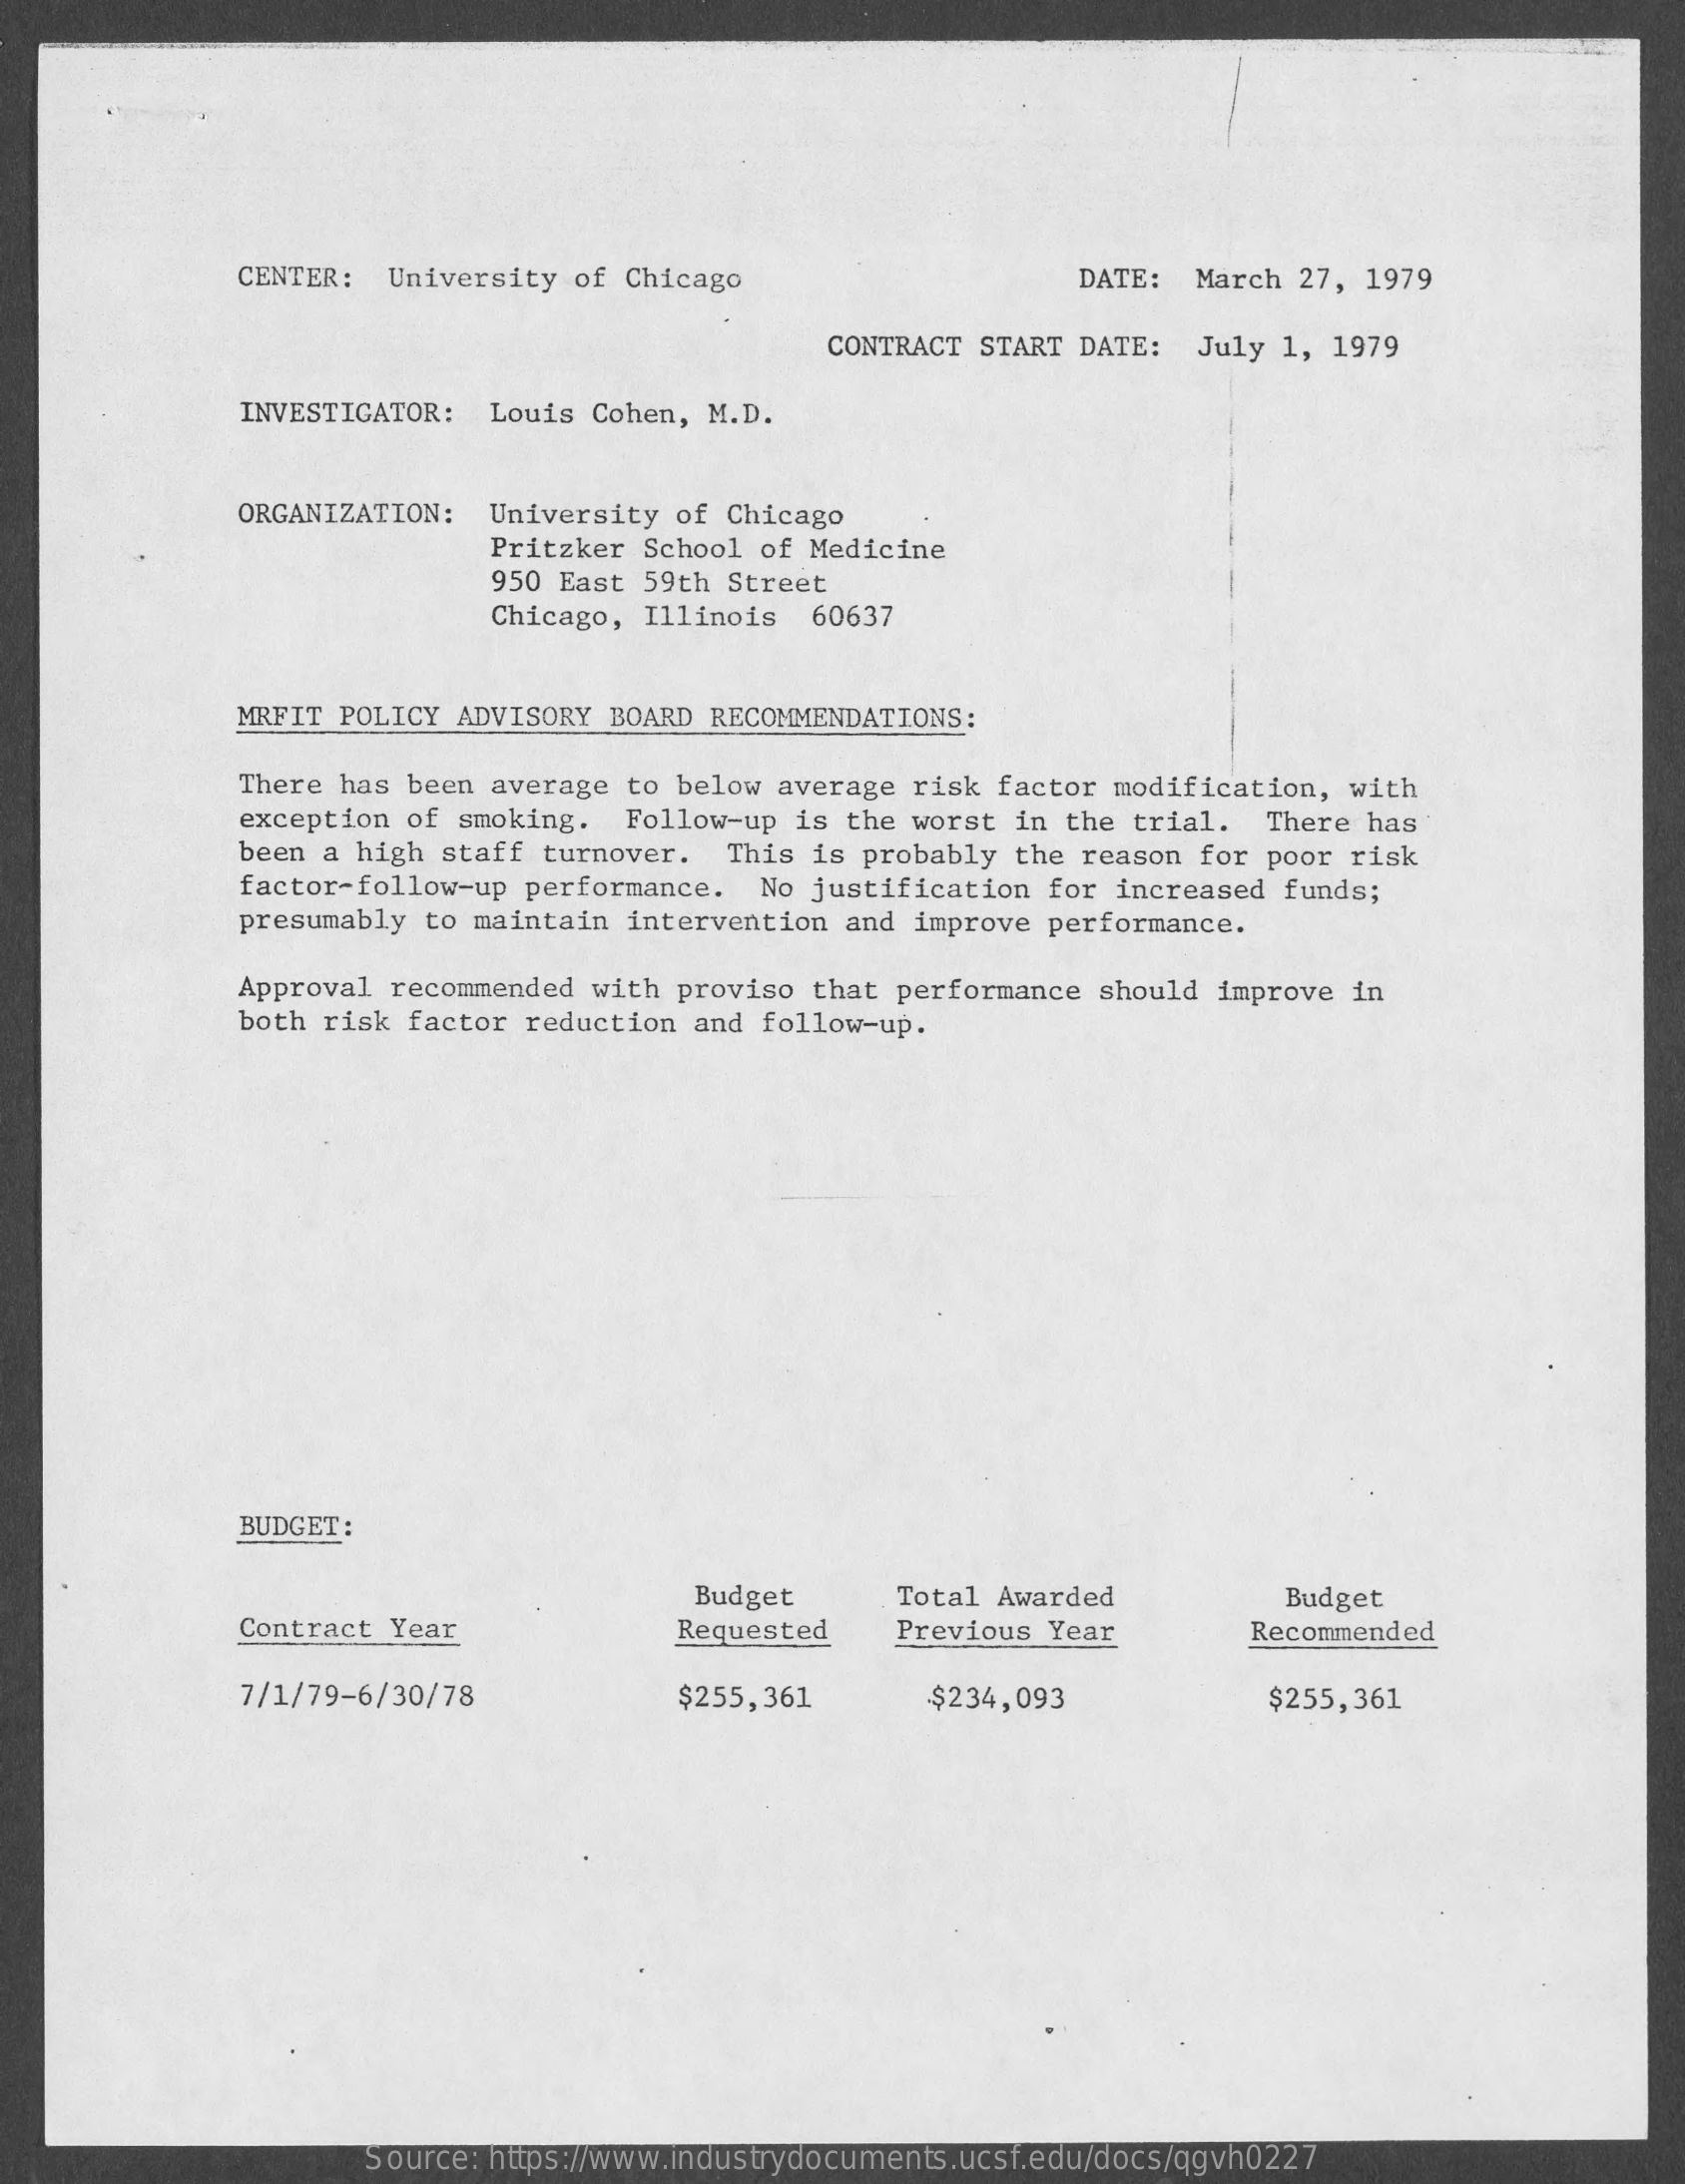
CENTER: University of Chicago    DATE: March 27, 1979
     CONTRACT START DATE: July 1, 1979
     INVESTIGATOR: Louis Cohen, M.D.
     ORGANIZATION: University of Chicago
     Pritzker School of Medicine
     950 East 59th Street
     Chicago, Illinois 60637
     MRFIT POLICY ADVISORY BOARD RECOMMENDATIONS:
     There has been average to below average risk factor modification, with
     exception of smoking. Follow-up is the worst in the trial. There has
     been a high staff turnover. This is probably the reason for poor risk
     factor-follow-up performance. No justification for increased funds;
     presumably to maintain intervention and improve performance.
     Approval recommended with proviso that performance should improve in
     both risk factor reduction and follow-up.
     BUDGET:
     Budget    Total Awarded    Budget
     Contract Year    Requested   Previous Year    Recommended
     7/1/79-6/30/78    $255,361    $234,093    $255,361
     Source: https://www.industrydocuments.ucsf.edu/docs/qgvh0227